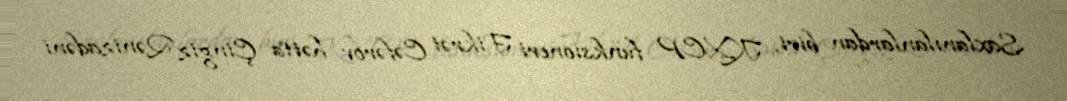
Saxlanılanlardan biri, KXCP funksioneri Fikrət Cəfərov hətta Çingiz Qənizadəni